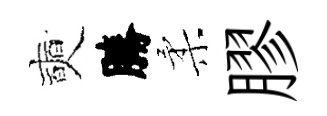
奭勝柔膠